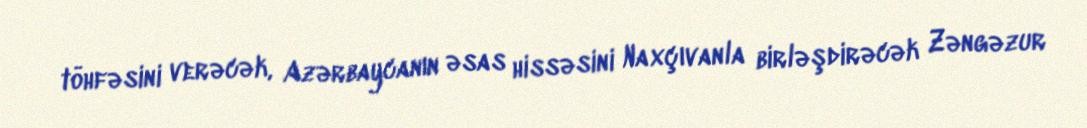
töhfəsini verəcək, Azərbaycanın əsas hissəsini Naxçıvanla birləşdirəcək Zəngəzur